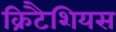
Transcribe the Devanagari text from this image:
क्रिटैशियस